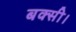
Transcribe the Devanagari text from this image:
बक्सी।